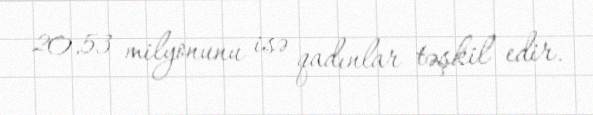
20,53 milyonunu isə qadınlar təşkil edir.